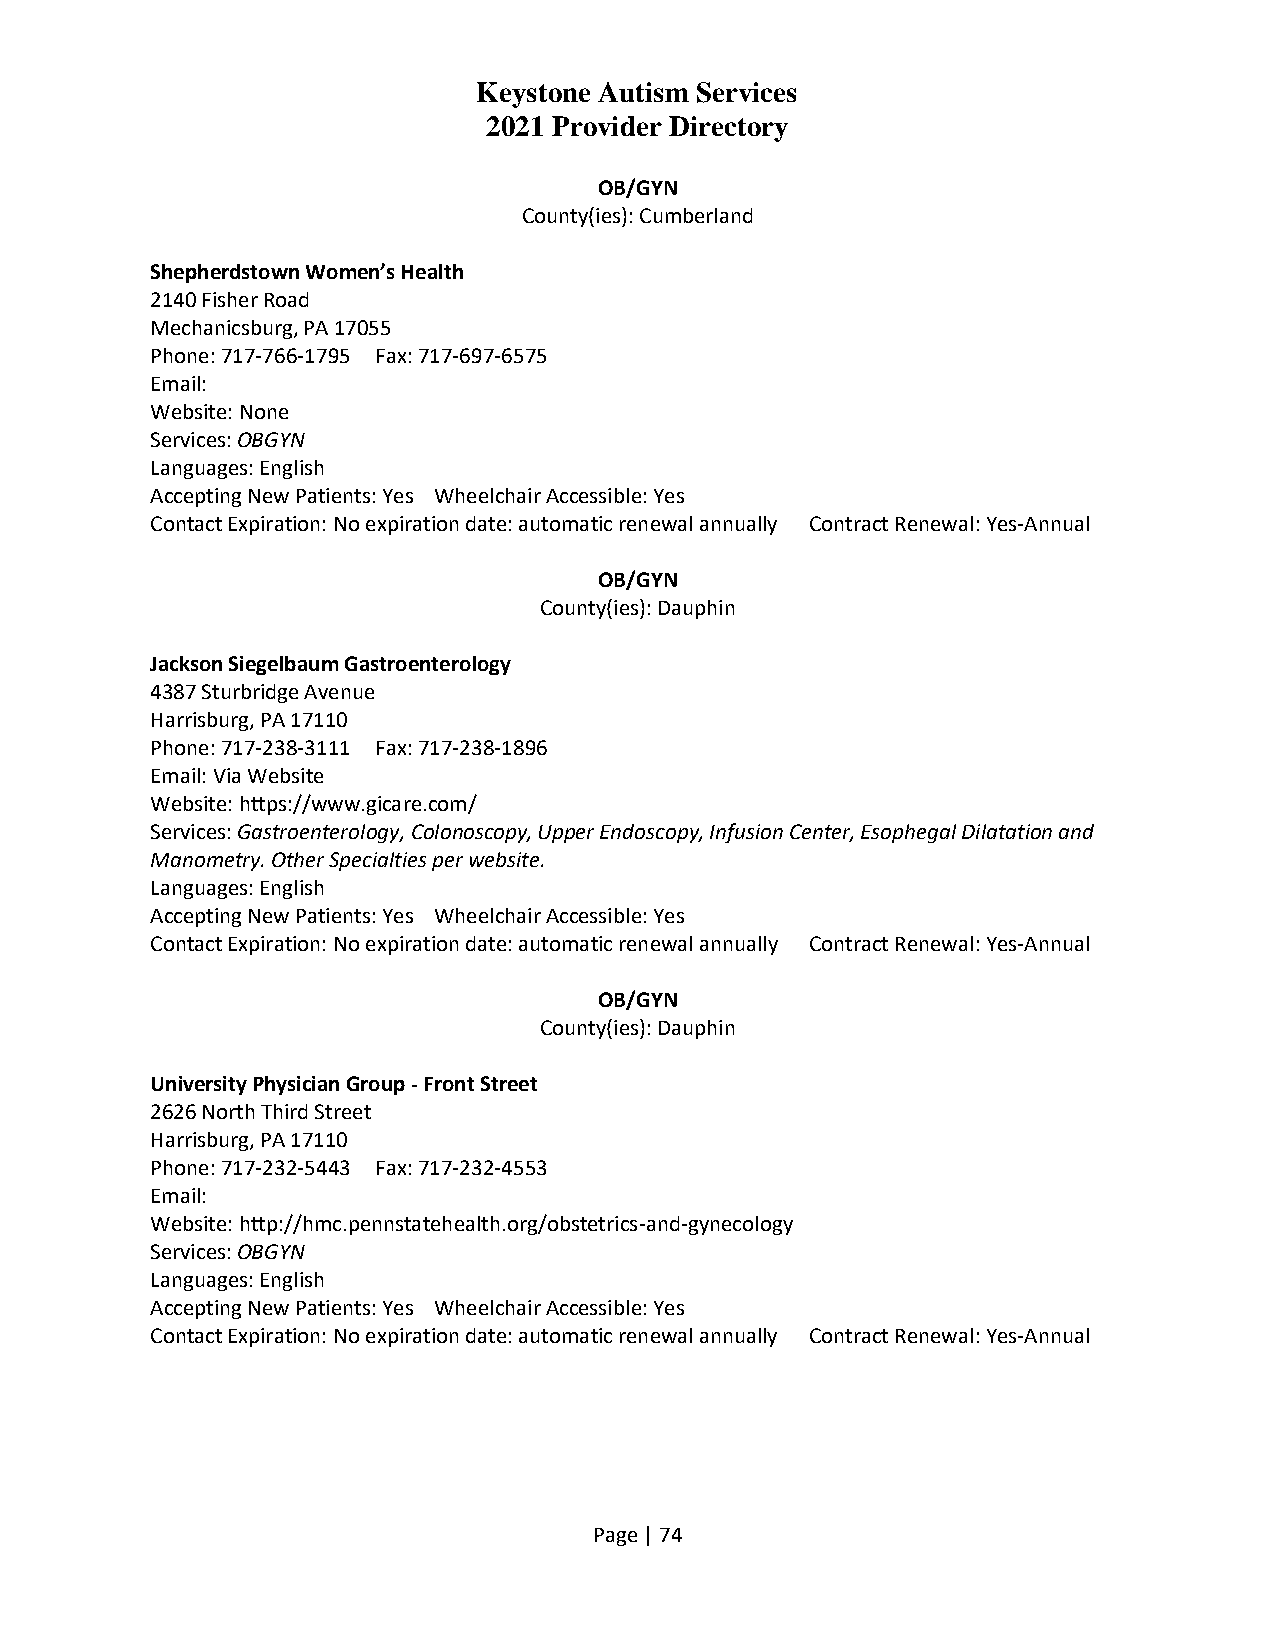
Keystone Autism Services
 2021 Provider Directory
 OB/GYN
 County(ies): Cumberland
 Shepherdstown Women’s Health
 2140 Fisher Road
 Mechanicsburg, PA 17055
 Phone: 717-766-1795 Fax: 717-697-6575
 Email:
 Website: None
 Services: OBGYN
 Languages: English
 Accepting New Patients: Yes Wheelchair Accessible: Yes
 Contact Expiration: No expiration date: automatic renewal annually Contract Renewal: Yes-Annual
 OB/GYN
 County(ies): Dauphin
 Jackson Siegelbaum Gastroenterology
 4387 Sturbridge Avenue
 Harrisburg, PA 17110
 Phone: 717-238-3111 Fax: 717-238-1896
 Email: Via Website
 Website: https://www.gicare.com/
 Services: Gastroenterology, Colonoscopy, Upper Endoscopy, Infusion Center, Esophegal Dilatation and
 Manometry. Other Specialties per website.
 Languages: English
 Accepting New Patients: Yes Wheelchair Accessible: Yes
 Contact Expiration: No expiration date: automatic renewal annually Contract Renewal: Yes-Annual
 OB/GYN
 County(ies): Dauphin
 University Physician Group - Front Street
 2626 North Third Street
 Harrisburg, PA 17110
 Phone: 717-232-5443 Fax: 717-232-4553
 Email:
 Website: http://hmc.pennstatehealth.org/obstetrics-and-gynecology
 Services: OBGYN
 Languages: English
 Accepting New Patients: Yes Wheelchair Accessible: Yes
 Contact Expiration: No expiration date: automatic renewal annually Contract Renewal: Yes-Annual
 Page | 74